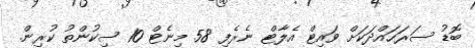
ބޮޑު ސަރަހައްދަކަށް ވައިޓް އެލާޓް ނެރެފި 58 މިނެޓް 10 ސިކުންތު ކުރިން.